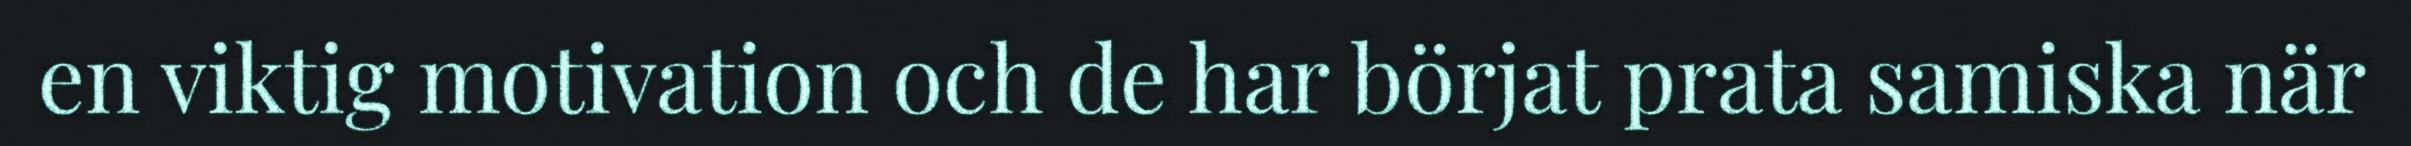
en viktig motivation och de har börjat prata samiska när